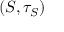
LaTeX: ( S , \tau _ { S } )